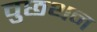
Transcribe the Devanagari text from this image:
वुछथन